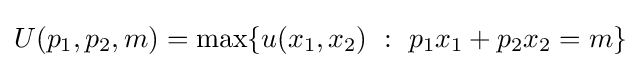
U(p_{1},p_{2},m)=\max\{\,\!u(x_{1},x_{2}){\mbox{ }}:{\mbox{ }}p_{1}x_{1}+p_{2}x_{2}=m\}